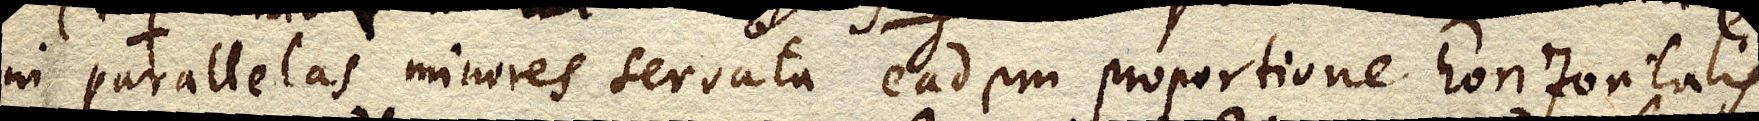
in parallelas minores servata eadem proportione horizontalis